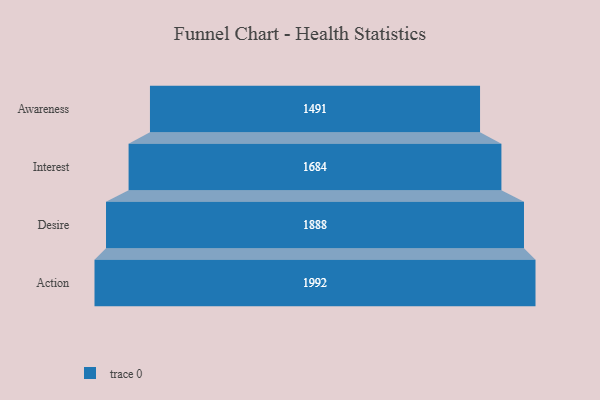
{"axis": {"x": "Stage", "y": "Value"}, "legend": [""], "data": [{"x": "Awareness", "y": 1491.0, "type": ""}, {"x": "Interest", "y": 1684.0, "type": ""}, {"x": "Desire", "y": 1888.0, "type": ""}, {"x": "Action", "y": 1992.0, "type": ""}]}